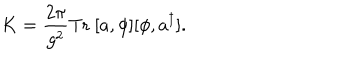
K = \frac { 2 \pi } { g ^ { 2 } } \mathrm { T r } \ [ a , \phi ] [ \phi , a ^ { \dagger } ] .